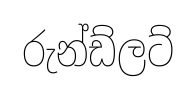
රුන්ඩ්ලට්